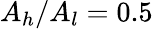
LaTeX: A_{h}/A_{l}=0.5